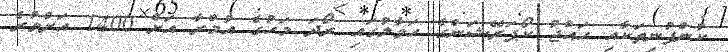
ކުންފުނިތަކާއި ހައްޖު ކޯޕަރޭޝަންގެ ހަވާލުގައި ރޯދަ މަހުގެ އުމްރާ އަށް 1400 އަށްވުރެ